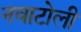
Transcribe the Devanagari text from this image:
नवाटोली